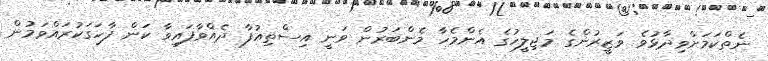
ނެތްކަމަށްވިދާޅުވެ ވަޒީރުންގެ މަޖިލީހުގެ އެންމެހާ މެންބަރުން ވަނީ އިސްތިއުފާ ދެއްވާފައިވާ ކަން ފާހަގަކުރައްވަމުން